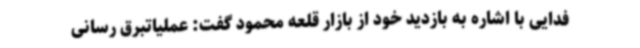
فدایی با اشاره به بازدید خود از بازار قلعه محمود گفت: عملیاتبرق رسانی